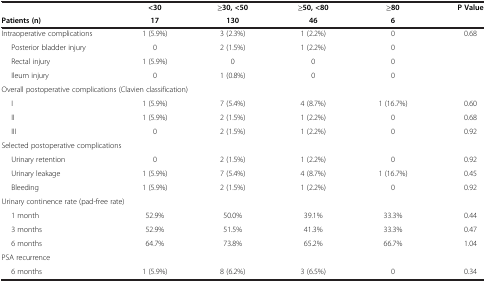
|  | <30 | ≥30, <50 | ≥50, <80 | ≥80 | P Value |
 | Patients (n) | 17 | 130 | 46 | 6 |  |
 | --- | --- | --- | --- | --- | --- |
 | Intraoperative complications | 1 (5.9%) | 3 (2.3%) | 1 (2.2%) | 0 | 0.68 |
 | Posterior bladder injury | 0 | 2 (1.5%) | 1 (2.2%) | 0 |  |
 | Rectal injury | 1 (5.9%) | 0 | 0 | 0 |  |
 | Ileum injury | 0 | 1 (0.8%) | 0 | 0 |  |
 | <COLSPAN=4> Overall postoperative complications (Clavien classification) |  |  |
 | I | 1 (5.9%) | 7 (5.4%) | 4 (8.7%) | 1 (16.7%) | 0.60 |
 | II | 1 (5.9%) | 2 (1.5%) | 1 (2.2%) | 0 | 0.68 |
 | III | 0 | 2 (1.5%) | 1 (2.2%) | 0 | 0.92 |
 | <COLSPAN=3> Selected postoperative complications |  |  |  |
 | Urinary retention | 0 | 2 (1.5%) | 1 (2.2%) | 0 | 0.92 |
 | Urinary leakage | 1 (5.9%) | 7 (5.4%) | 4 (8.7%) | 1 (16.7%) | 0.45 |
 | Bleeding | 1 (5.9%) | 2 (1.5%) | 1 (2.2%) | 0 | 0.92 |
 | <COLSPAN=3> Urinary continence rate (pad-free rate) |  |  |  |
 | 1 month | 52.9% | 50.0% | 39.1% | 33.3% | 0.44 |
 | 3 months | 52.9% | 51.5% | 41.3% | 33.3% | 0.47 |
 | 6 months | 64.7% | 73.8% | 65.2% | 66.7% | 1.04 |
 | PSA recurrence |  |  |  |  |  |
 | 6 months | 1 (5.9%) | 8 (6.2%) | 3 (6.5%) | 0 | 0.34 |